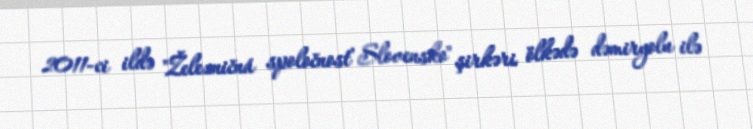
2011-ci ildə "Železničná spoločnosť Slovensko" şirkəri ölkədə dəmiryolu ilə